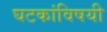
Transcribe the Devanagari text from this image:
घटकांविषयी